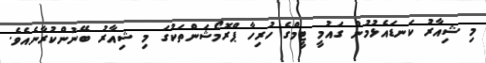
މި ޝިއާރު ކަނޑައެޅުމުން ގައުމީ ޓީމްގެ ހުރިހާ ޕްރޮމޯޝަންތަކުގަ މި ޝިއާރު ބޭނުންކުރާނެއެވެ.